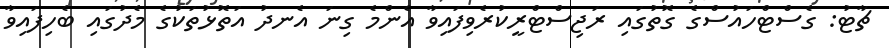
ޗާޓު: ގެސްޓްހައުސްގެ ގޮތުގައި ރަޖިސްޓްރީކުރެވިފައިވާ އެންމެ ގިނަ އެނދު އަތޮޅުތަކުގެ މެދުގައި ބެހިފައިވާ